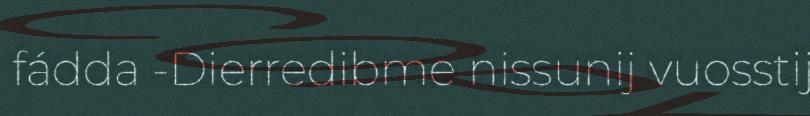
fádda -Dierredibme nissunij vuosstij